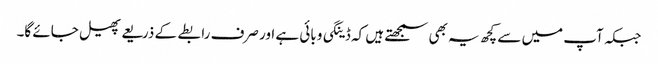
جبکہ آپ میں سے کچھ یہ بھی سمجھتے ہیں کہ ڈینگی وبائی ہے اور صرف رابطے کے ذریعے پھیل جائے گا۔